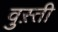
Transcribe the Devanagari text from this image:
वुस़्ती